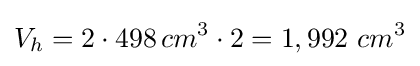
V_{h}=2\cdot 498\,cm^{3}\cdot 2=1,992\ cm^{3}